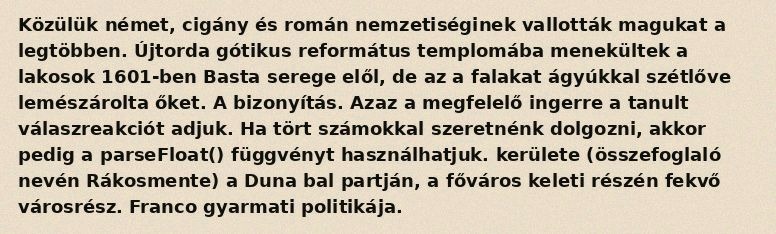
Közülük német, cigány és román nemzetiséginek vallották magukat a legtöbben. Újtorda gótikus református templomába menekültek a lakosok 1601-ben Basta serege elől, de az a falakat ágyúkkal szétlőve lemészárolta őket. A bizonyítás. Azaz a megfelelő ingerre a tanult válaszreakciót adjuk. Ha tört számokkal szeretnénk dolgozni, akkor pedig a parseFloat() függvényt használhatjuk. kerülete (összefoglaló nevén Rákosmente) a Duna bal partján, a főváros keleti részén fekvő városrész. Franco gyarmati politikája.